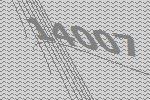
14007